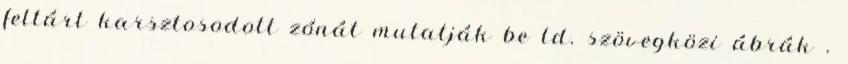
feltárt karsztosodott zónát mutatják be ld. szövegközi ábrák .